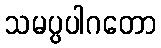
သမပ္ပပါဂတော